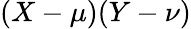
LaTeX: (X-\mu)(Y-\nu)